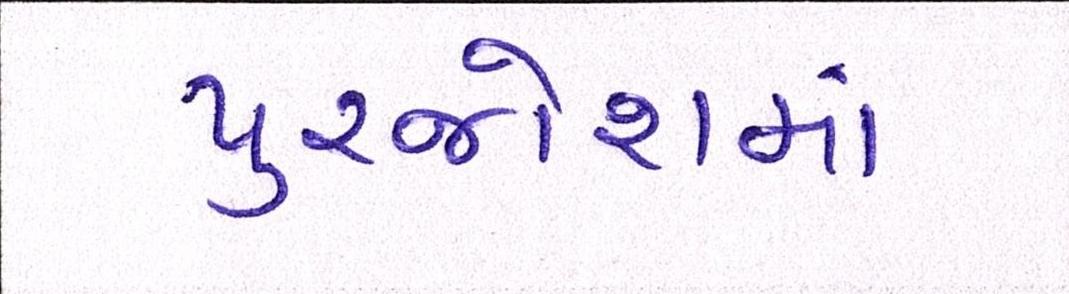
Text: પુરજોશમાં